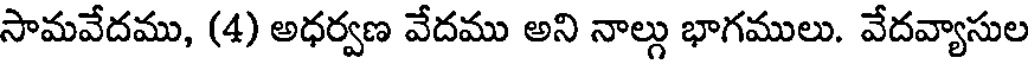
సామవేదము, (4) అధర్వణ వేదము అని నాల్గు భాగములు. వేదవ్యాసుల